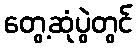
တွေ့ဆုံပွဲတွင်